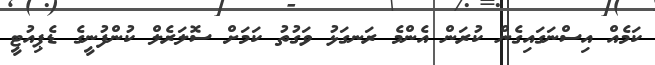
ކަމެއް އިސްނަގައިގެން ކުރަން އެންމެ ރަނގަޅު ވަގުތު ކަމަށް ސޮލަރެލް ކުންފުނީގެ ޑެޕިއުޓީ